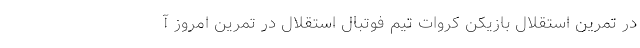
در تمرین استقلال بازیکن کروات تیم فوتبال استقلال در تمرین امروز آ